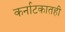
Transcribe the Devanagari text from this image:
कर्नाटकातही